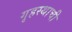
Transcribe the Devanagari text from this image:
गृहस्थाची